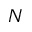
N